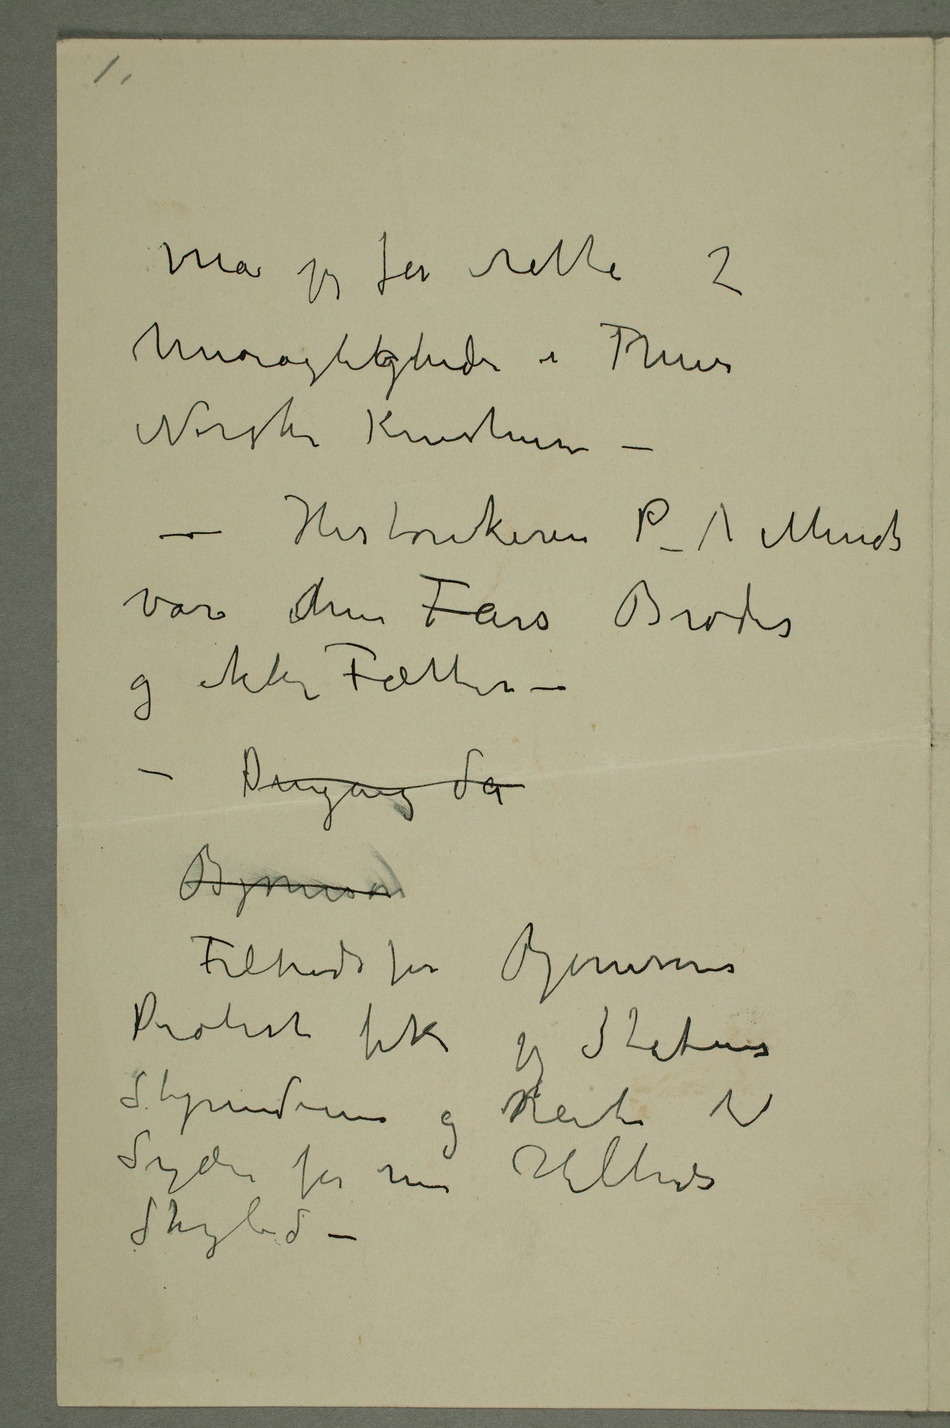
Må jeg få rette
Unøiagtigheder i Thiis
Norske Kunstnere –
var min Fars Broder
og ikke Fætter –
– Dengang da
Tiltrods for Bjørnsons
Protest fik jeg Statens
Stipendium og reiste til
Syden for min Helbreds
Skyld –